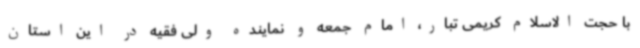
با حجت الاسلام کریمی تبار، امام جمعه و نماینده ولی فقیه در این استان